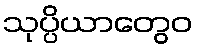
သုပ္ပိယာတွေဝ